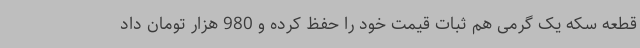
قطعه سکه یک گرمی هم ثبات قیمت خود را حفظ کرده و 980 هزار تومان داد